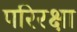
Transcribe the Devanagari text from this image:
परिरक्षा